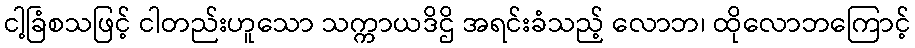
ငါ့ခြံစသဖြင့် ငါတည်းဟူသော သက္ကာယဒိဌိ အရင်းခံသည့် လောဘ၊ ထိုလောဘကြောင့်